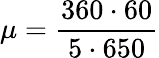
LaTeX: \mu={\frac{360\cdot 60}{5\cdot 650}}